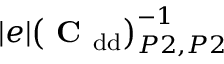
| e | \big ( \mathrm { \textbf { C } } _ { \mathrm { d d } } \big ) _ { P 2 , P 2 } ^ { - 1 }